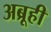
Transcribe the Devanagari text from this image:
अब्रूही